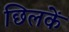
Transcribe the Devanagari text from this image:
छिलकें